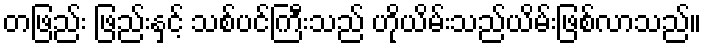
တဖြည်း ဖြည်းနှင့် သစ်ပင်ကြီးသည် ဟိုယိမ်းသည်ယိမ်းဖြစ်လာသည်။